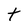
Character: t